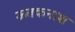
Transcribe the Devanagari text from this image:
ऊतकनाश